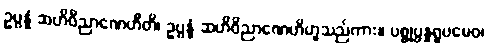
ဥပ္ပန္နံ ဆဟိဝိညာဏေဟီတိ၊ ဥပ္ပန္နံ ဆဟိဝိညာဏေဟိဟူသည်ကား။ ပစ္စုပ္ပန္နရူပမေဝ၊